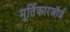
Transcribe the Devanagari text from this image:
मूर्तिकारजॉर्ज